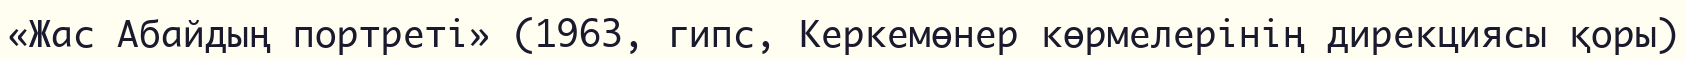
«Жас Абайдың портреті» (1963, гипс, Керкемөнер көрмелерінің дирекциясы қоры)